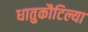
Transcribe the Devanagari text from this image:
धातुकौटिल्या